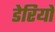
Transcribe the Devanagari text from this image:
डेरियों